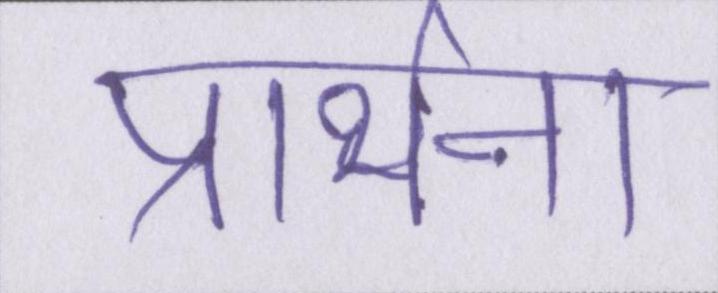
प्रार्थना